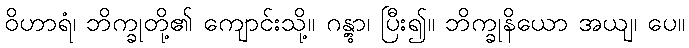
ဝိဟာရံ၊ ဘိက္ခုတို့၏ ကျောင်းသို့။ ဂန္တွာ၊ ပြီး၍။ ဘိက္ခုနိယော အယျ၊ ပေ။